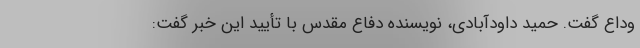
وداع گفت. حمید داودآبادی، نویسنده دفاع مقدس با تأیید این خبر گفت: